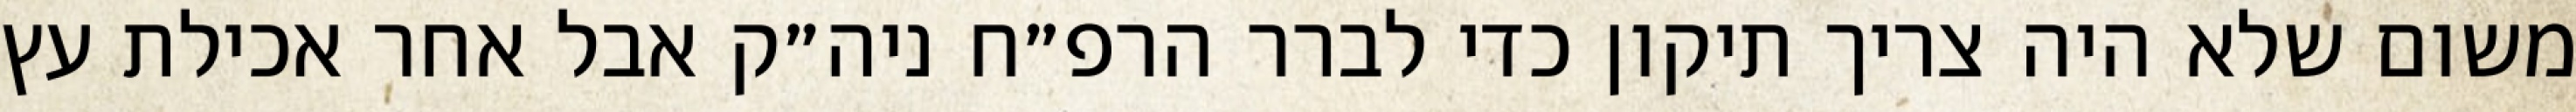
משום שלא היה צריך תיקון כדי לברר הרפ״ח ניה״ק אבל אחר אכילת עץ